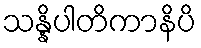
သန္နိပါတိကာနိပိ